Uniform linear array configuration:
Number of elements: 8
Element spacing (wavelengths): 1
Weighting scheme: binomial
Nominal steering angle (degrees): -45
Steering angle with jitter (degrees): -45.687
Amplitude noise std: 0.05
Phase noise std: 0.05

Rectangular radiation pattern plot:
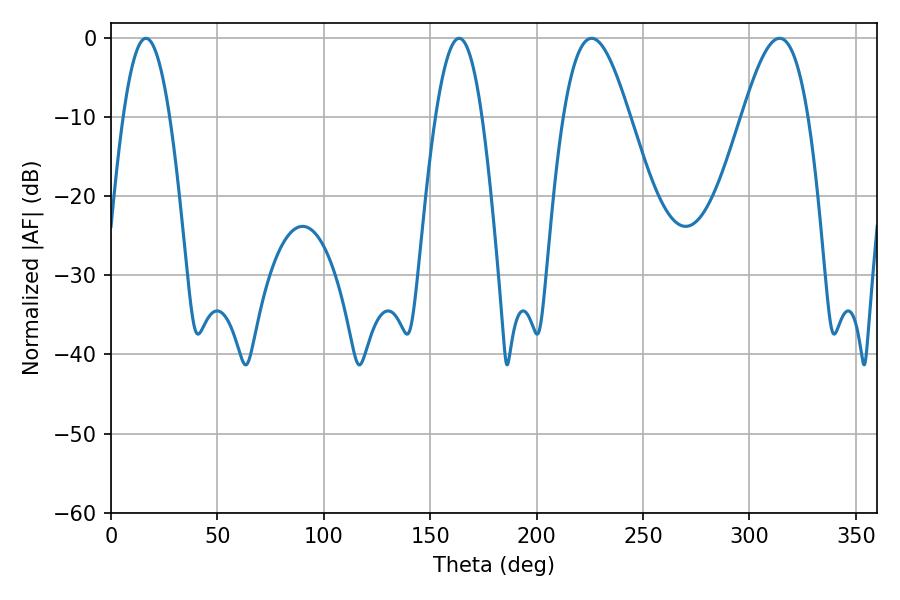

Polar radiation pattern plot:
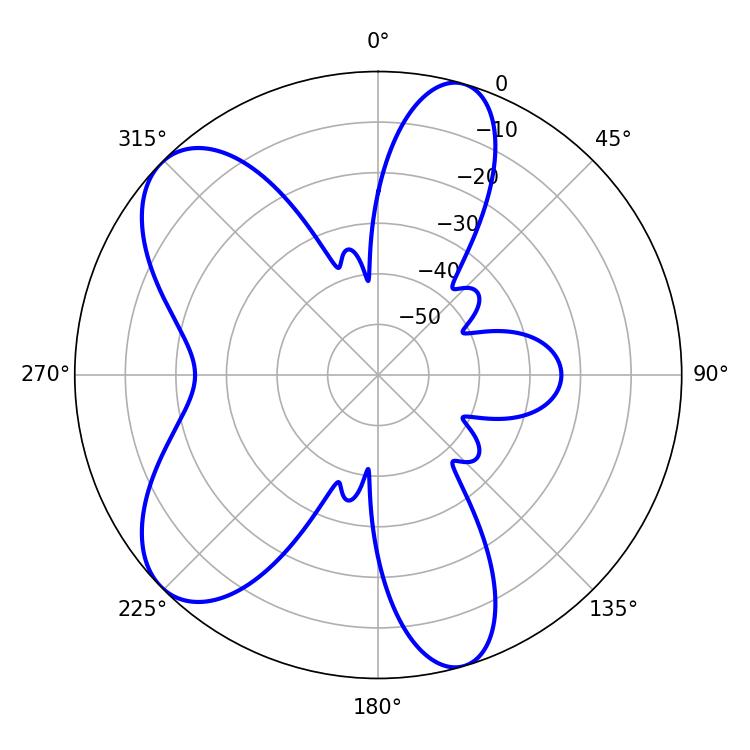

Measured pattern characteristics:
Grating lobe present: TRUE
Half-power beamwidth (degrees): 12.06
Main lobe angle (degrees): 16.38